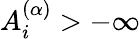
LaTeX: A_{i}^{(\alpha)}>-\infty